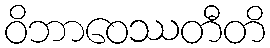
ဝိဘာဝေဿတီတိ